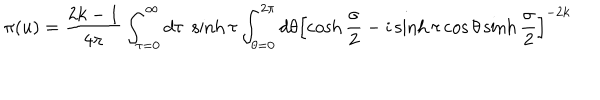
\pi ( u ) = \frac { 2 k - 1 } { 4 \pi } \int _ { \tau = 0 } ^ { \infty } d \tau \; \sinh \tau \int _ { \theta = 0 } ^ { 2 \pi } d \theta \left[ \cosh \frac { \sigma } { 2 } - i \sinh \tau \cos \theta \sinh \frac { \sigma } { 2 } \right] ^ { - 2 k }